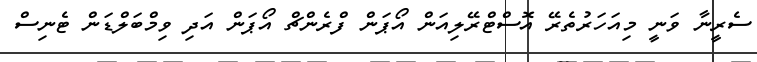
ސެރީނާ ވަނީ މިއަހަރުތެރޭ އޮސްޓްރޭލިއަން އޯޕަން ފްރެންޗް އޯޕަން އަދި ވިމްބަލްޑަން ޓެނިސް